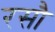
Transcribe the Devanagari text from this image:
रसौ